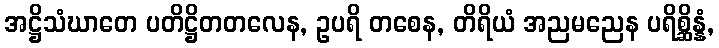
အဋ္ဌိသံဃာတေ ပတိဋ္ဌိတတလေန, ဥပရိ တစေန, တိရိယံ အညမညေန ပရိစ္ဆိန္နံ,